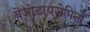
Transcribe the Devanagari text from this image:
बेजोडायजेपिनों